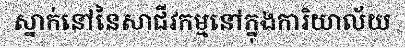
ស្នាក់នៅនៃសាជីវកម្មនៅក្នុងការិយាល័យ